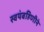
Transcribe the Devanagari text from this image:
स्वयंबहिणीने